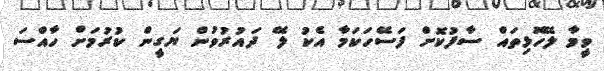
ވީމާ ލޭހޮޅިތައް ސާފުކޮށް ފަސޭހަކަމާ އެކު ލޭ ދައުރުވުން ޔަގީން ކުރުމަށް ހާއްސަ